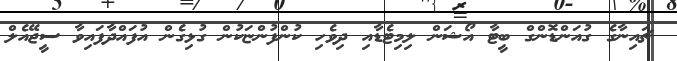
ޗައިނާގެ ގުއަންޑޮންގް ބީޓާ އޯޝަން ލިމިޓެޑާއި ދިވެހި ކުންފުންޏަކުން ގުޅިގެން އުފައްދާފައިވާ ސީޖޭއެލް